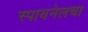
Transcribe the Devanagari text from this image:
स्पायनेलचा